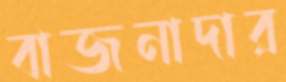
বাজনাদার